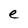
Character: e